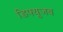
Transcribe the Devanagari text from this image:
डिफ्यूजब